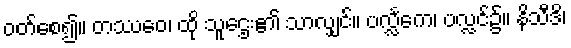
ဝတ်စေ၍။ တဿေဝ၊ ထို သူဌေး၏ သာလျှင်။ ပလ္လင်္ကေ၊ ပလ္လင်၌။ နိသီဒိ၊